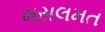
મસલમત